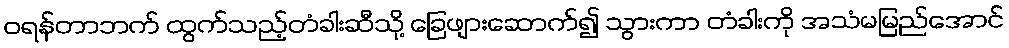
ဝရန်တာဘက် ထွက်သည့်တံခါးဆီသို့ ခြေဖျားဆောက်၍ သွားကာ တံခါးကို အသံမမြည်အောင်